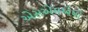
એસએમએપી